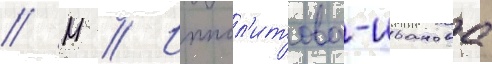
// М // Иппол'итова-иванова